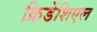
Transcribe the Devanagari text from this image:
क्रिडेंशिएल